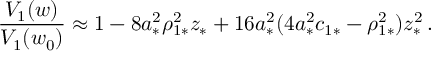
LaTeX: \frac { V _ { 1 } ( w ) } { V _ { 1 } ( w _ { 0 } ) } \approx 1 - 8 a _ { * } ^ { 2 } \rho _ { 1 * } ^ { 2 } z _ { * } + 1 6 a _ { * } ^ { 2 } ( 4 a _ { * } ^ { 2 } c _ { 1 * } - \rho _ { 1 * } ^ { 2 } ) z _ { * } ^ { 2 } \, .